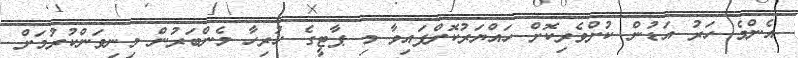
އެންމެ ހަރު އަޑުން ކުށްވެރިކޮށް ހައްޔަރުކޮށްފައިވާ މި ޕާޓީގެ ހުރިހާ މެންބަރުން މިނިވަންކުރުމަށް